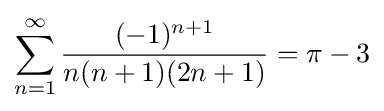
\sum _{n=1}^{\infty }{\frac {(-1)^{n+1}}{n(n+1)(2n+1)}}=\pi -3